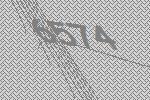
6574